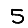
Digit: 5